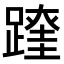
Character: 𨅆